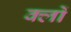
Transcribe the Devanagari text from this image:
क्लों